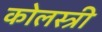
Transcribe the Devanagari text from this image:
कोलस्त्री